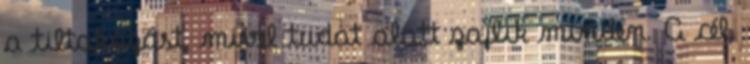
a tiltakozást, mivel tudat alatt zajlik minden. A cél,